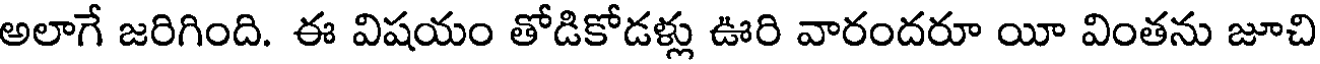
అలాగే జరిగింది. ఈ విషయం తోడికోడళ్లు ఊరి వారందరూ యీ వింతను జూచి